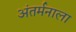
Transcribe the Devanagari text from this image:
अंतर्मनाला